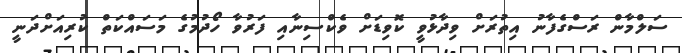
ސަލްމާން ރަސްގެފާނު އިތުރަށް ވިދާޅުވީ ކޮވިޑަށް ވެކްސިނާއި ފަރުވާ ހޯދުމުގެ މަސައްކަތް ކުރިއަށްދަނީ